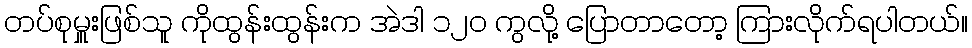
တပ်စုမှူးဖြစ်သူ ကိုထွန်းထွန်းက အဲဒါ ၁၂၀ ကွလို့ ပြောတာတော့ ကြားလိုက်ရပါတယ်။